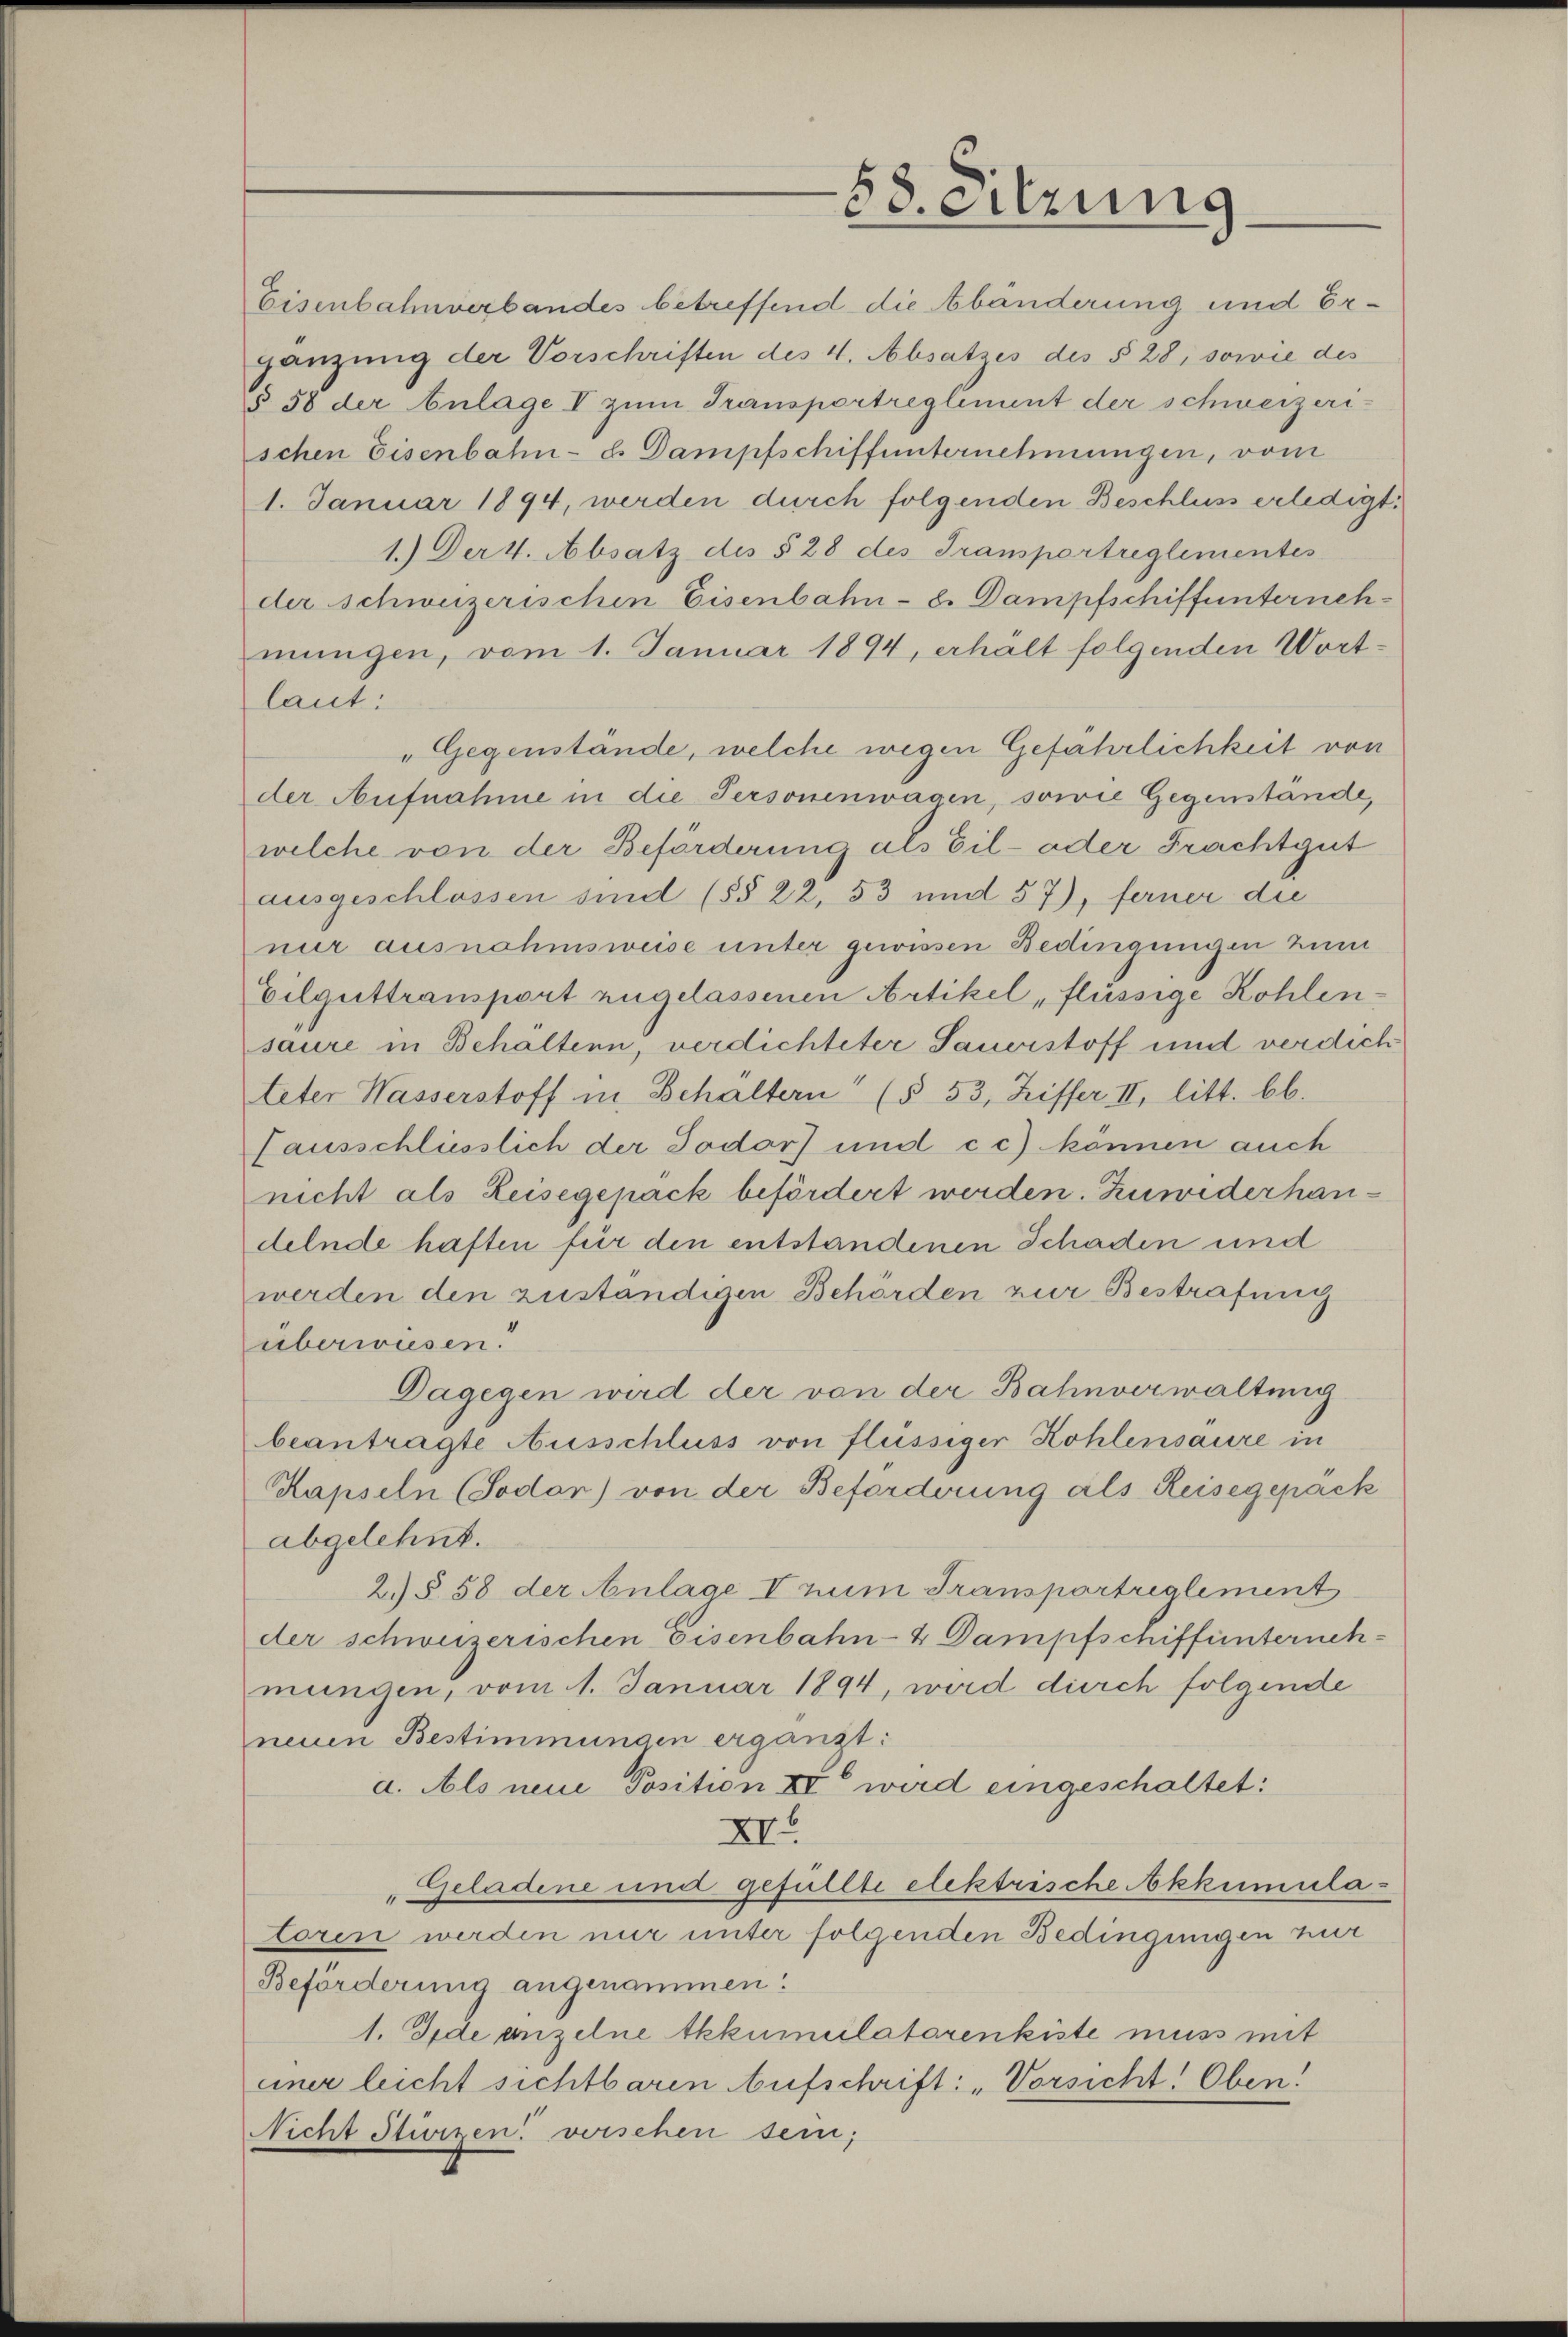
Eisenbahnverbandes betreffend die Abänderung und Ergänzung der Vorschriften des 4. Absatzes des § 28, sowie des
§ 58 der Anlage I zum Transportreglement der schweizerischen Eisenbahn- u. Dampfschiffunternehmungen, vom
1. Januar 1894, werden durch folgenden Beschluss erledigt.
1.) Der 4. Absatz des § 28 des Transportreglementes
der schweizerischen Eisenbahn- 8. Dampfschiffunternehmungen, vom 1. Januar 1894, erhält folgenden Wort-
laut:
„Gegenstände, welche wegen Gefahrlichkeit von
der Aufnahme in die Personenwagen, sowie Gegenstände,
welche von der Beförderung als Eil- oder Frachtgut
ausgeschlossen sind (§§ 22, 53 und 57), ferner die
nur ausnahmsweise unter gewissen Bedingungen zum
Eilguttransport zugelassenen Artikel „flüssige Kohlensaure in Behältenn, verdichteter Sauerstoff und verdich
teter Wasserstoff in Behaltern (§ 53, Ziffer II. litt. bb.
lausschliesslich der Todor und cc) können auch
nicht als Reisegepack befördert werden. Zuwiderhaudelnde haften für den entstandenen Schaden und
werden den zuständigen Behörden zur Bestrafung
überwiesen.
Dagegen wird der von der Bahnverwaltung
beantragte Ausschluss von flüssiger Kohlensaure in
Kapseln (Sodon) von der Beforderung als Reisegepack
abgelehnt.
2) § 58 der Anlage I num Transportreglement
der schweizerischen Eisenbahn- & Dampfschiffunternehmungen, vom 1. Januar 1894, wird durch folgende
neuen Bestimmungen ergänzt:
d. Als neue Position IV wird eingeschaltet:
XV
Geladene und gefüllte elektrische Akkumula¬
“
Loren werden nur unter folgenden Bedingungen zur
Beförderung angenommen.
1. Jede anzelne tkkumilatorenkiste muss mit
einer leicht sichtbaren Aufschrift: „Vorsicht. Oben!
Nicht Sturzen verschen sein;

58. Sitzung